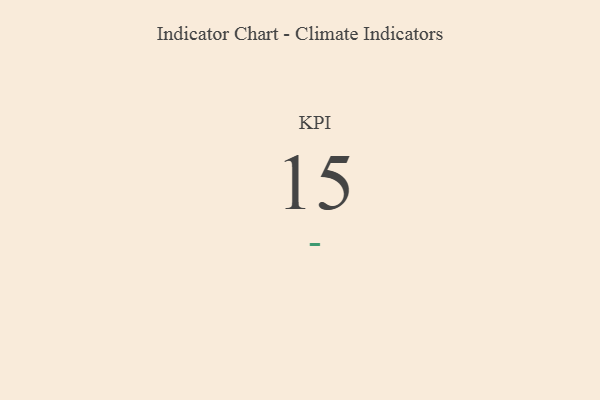
{"axis": {"x": "KPI", "y": "Value"}, "legend": [""], "data": [{"x": "KPI", "y": 15, "type": ""}]}